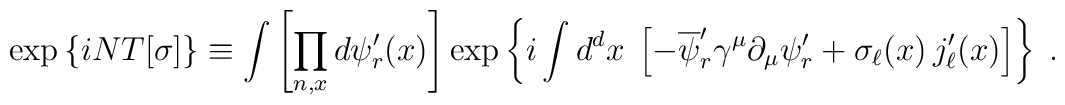
\exp\left\{iNT[\sigma]\right\}\equiv\int\left[\prod_{n,x}d\psi'_r(x)\right]\exp\left\{i\int d^dx\;\left[-\overline{\psi}'_r\gamma^\mu\partial_\mu\psi'_r+\sigma_\ell(x)\,j'_\ell(x)\right]\right\}\;.